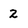
Character: 2